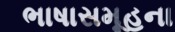
ભાષાસમૂહના